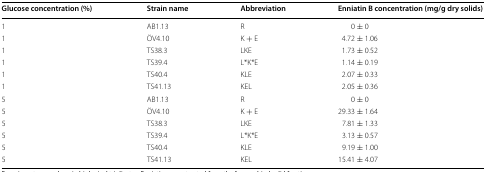
<table><thead><tr><td><b>Glucose concentration (%)</b></td><td><b>Strain name</b></td><td><b>Abbreviation</b></td><td><b>Enniatin B concentration (mg/g dry solids)</b></td></tr></thead><tbody><tr><td>1</td><td>AB1.13</td><td>R</td><td>0 ± 0</td></tr><tr><td>1</td><td>ÖV4.10</td><td>K + E</td><td>4.72 ± 1.06</td></tr><tr><td>1</td><td>TS38.3</td><td>LKE</td><td>1.73 ± 0.52</td></tr><tr><td>1</td><td>TS39.4</td><td>L*K*E</td><td>1.14 ± 0.19</td></tr><tr><td>1</td><td>TS40.4</td><td>KLE</td><td>2.07 ± 0.33</td></tr><tr><td>1</td><td>TS41.13</td><td>KEL</td><td>2.05 ± 0.36</td></tr><tr><td>5</td><td>AB1.13</td><td>R</td><td>0 ± 0</td></tr><tr><td>5</td><td>ÖV4.10</td><td>K + E</td><td>29.33 ± 1.64</td></tr><tr><td>5</td><td>TS38.3</td><td>LKE</td><td>7.81 ± 1.33</td></tr><tr><td>5</td><td>TS39.4</td><td>L*K*E</td><td>3.13 ± 0.57</td></tr><tr><td>5</td><td>TS40.4</td><td>KLE</td><td>9.19 ± 1.00</td></tr><tr><td>5</td><td>TS41.13</td><td>KEL</td><td>15.41 ± 4.07</td></tr></tbody></table>